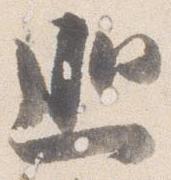
巡